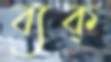
ব্যক্